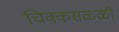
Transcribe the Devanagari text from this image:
चिक्कसळ्ळी